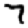
Digit: 7